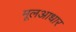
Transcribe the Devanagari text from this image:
मूलआधार